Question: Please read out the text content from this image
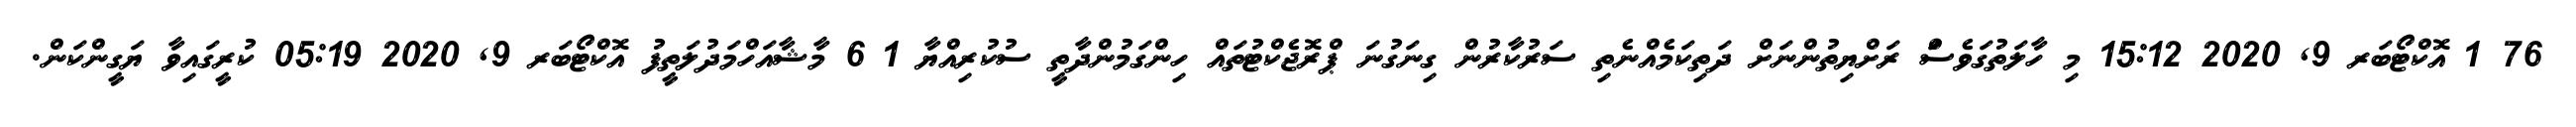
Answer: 76 1 އޮކްޓޯބަރ 9, 2020 15:12 މި ހާލަތުގަވެސަް ރަށްޔިތުންނަށް ދަތިކަމެއްނެތި ސަރުކާރުން ގިނަގުނަ ޕްރޮޖެކްޓުތައް ހިންގަމުންދާތީ ސުކުރިއްޔާ 1 6 މާޝާއަހްމަދުލަތީފު އޮކްޓޯބަރ 9, 2020 05:19 ކުރީގައިވާ ޔަގީންކަން.